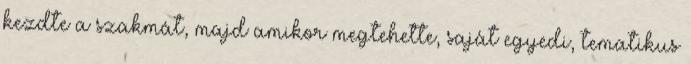
kezdte a szakmát, majd amikor megtehette, saját egyedi, tematikus